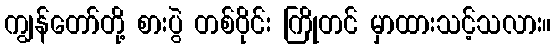
ကျွန်တော်တို့ စားပွဲ တစ်ဝိုင်း ကြိုတင် မှာထားသင့်သလား။